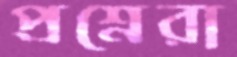
প্রশ্নেরা